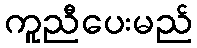
ကူညီပေးမည်